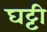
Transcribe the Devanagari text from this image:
घट्टी